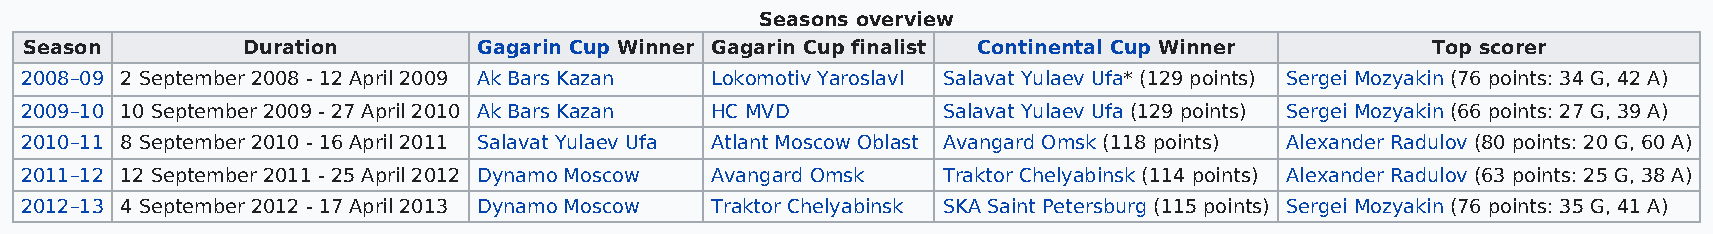
Seasons overview
 Season        Duration        Gagarin Cup Winner Gagarin Cup finalist Continental Cup Winner Top scorer
 2008–09 2 September 2008 - 12 April 2009 Ak Bars Kazan Lokomotiv Yaroslavl Salavat Yulaev Ufa* (129 points) Sergei Mozyakin (76 points: 34 G, 42 A)
 2009–10 10 September 2009 - 27 April 2010 Ak Bars Kazan HC MVD Salavat Yulaev Ufa (129 points) Sergei Mozyakin (66 points: 27 G, 39 A)
 2010–11 8 September 2010 - 16 April 2011 Salavat Yulaev Ufa Atlant Moscow Oblast Avangard Omsk (118 points) Alexander Radulov (80 points: 20 G, 60 A)
 2011–12 12 September 2011 - 25 April 2012 Dynamo Moscow Avangard Omsk Traktor Chelyabinsk (114 points) Alexander Radulov (63 points: 25 G, 38 A)
 2012–13 4 September 2012 - 17 April 2013 Dynamo Moscow Traktor Chelyabinsk SKA Saint Petersburg (115 points) Sergei Mozyakin (76 points: 35 G, 41 A)